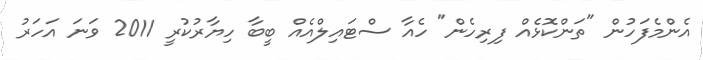
އެންމެފަހުން "ތަންކޮޅެއް ފިރިހެން" ހެއާ ސްޓައިލްއެއް ބީބާ ހިޔާރުކުރީ 2011 ވަނަ އަހަރު